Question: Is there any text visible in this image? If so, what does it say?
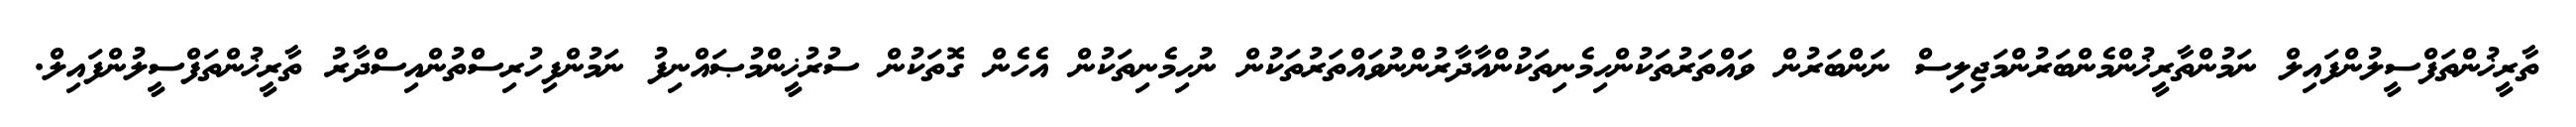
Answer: ތާރީޚުންތަފްސީލުންފައިލް ނަމުންތާރީޚުންމެންބަރުންމަޖިލިސް ނަންބަރުން ވައްތަރުތަކުންހިމެނިތަކުންއާދާރުންނުވައްތަރުތަކުން ނުހިމެނިތަކުން އެހެން ގޮތަކުން ސުރުޚީންމުޞައްނިފު ނަމުންފިހުރިސްތުންއިސްދާރު ތާރީޚުންތަފްސީލުންފައިލް.